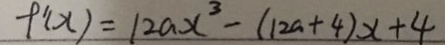
f ^ { \prime } ( x ) = 1 2 a x ^ { 3 } - ( 1 2 a + 4 ) x + 4